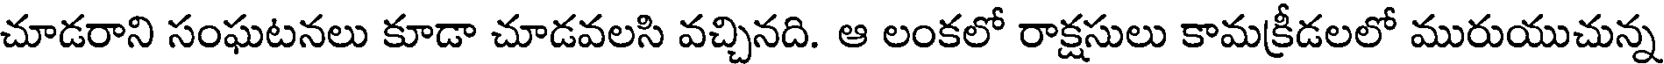
చూడరాని సంఘటనలు కూడా చూడవలసి వచ్చినది. ఆ లంకలో రాక్షసులు కామక్రీడలలో మురుయుచున్న